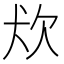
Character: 𤜹